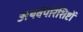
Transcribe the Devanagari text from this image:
अथर्वपरिशिष्टों